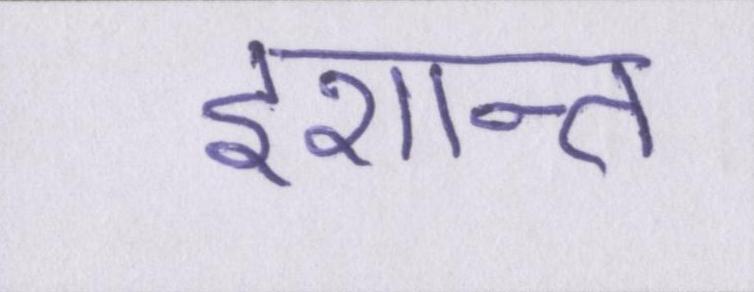
इशान्त